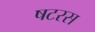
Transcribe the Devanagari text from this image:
षटरस